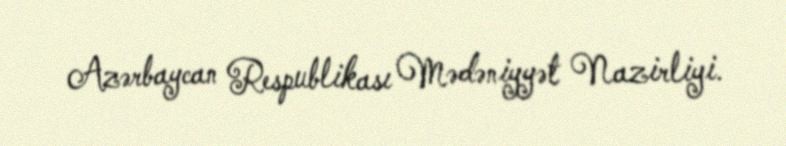
Azərbaycan Respublikası Mədəniyyət Nazirliyi.